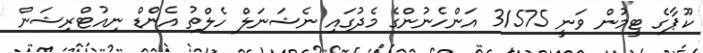
ކޫޕާގެ ޓީމުން ވަނީ 31575 އަންހެނުންގެ މެދުގައި ނެޝަނަލް ހެލްތު އެންޑް ނިއުޓްރިޝަން